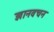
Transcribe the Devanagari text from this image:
ज्ञानवचन